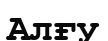
Алғу